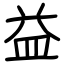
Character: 益